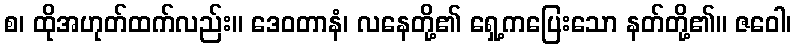
စ၊ ထိုအဟုတ်ထက်လည်း။ ဒေဝတာနံ၊ လနေတို့၏ ရှေ့ကပြေးသော နတ်တို့၏။ ဇဝေါ၊